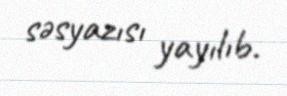
səsyazısı yayılıb.